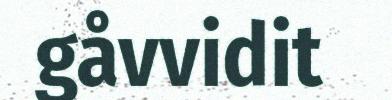
gåvvidit